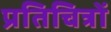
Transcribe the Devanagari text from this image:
प्रतिचित्रों